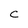
Character: c